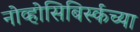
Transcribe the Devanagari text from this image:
नोव्होसिबिर्स्कच्या